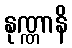
နုဏ္ဏာနိ